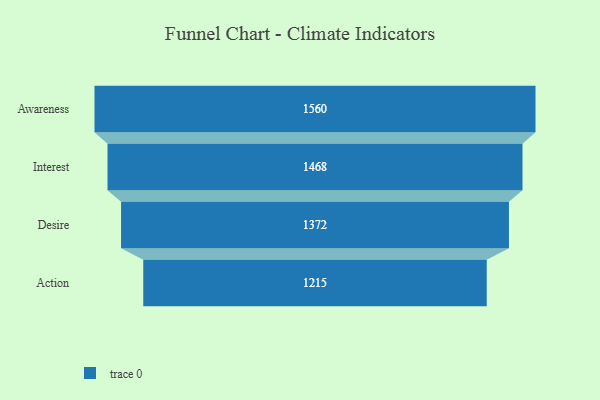
{"axis": {"x": "Stage", "y": "Value"}, "legend": [""], "data": [{"x": "Awareness", "y": 1560.0, "type": ""}, {"x": "Interest", "y": 1468.0, "type": ""}, {"x": "Desire", "y": 1372.0, "type": ""}, {"x": "Action", "y": 1215.0, "type": ""}]}